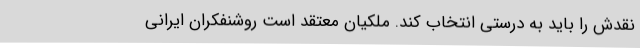
نقدش را باید به درستی انتخاب کند. ملکیان معتقد است روشنفکران ایرانی